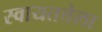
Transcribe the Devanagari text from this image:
स्वायतत्तेला